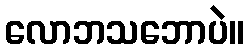
လောဘသဘောပဲ။